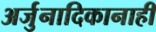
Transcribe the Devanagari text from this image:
अर्जुनादिकानाही